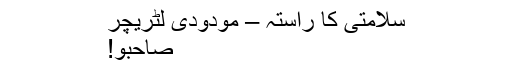
سلامتی کا راستہ – مودودی لٹریچر
صاحبو!